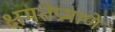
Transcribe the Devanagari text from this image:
क्षमतेप्रमाणे